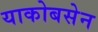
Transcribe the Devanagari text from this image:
याकोबसेन